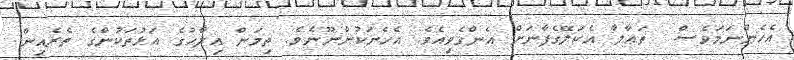
އެހެންނަމަވެސް  ތަޢާލާ އެކަލޭގެފާނަށް އެންގެވިއެވެ. އެހެނަކުންނޫނެވެ. ތިމަން އިލާހުގެ އަޅުތަކުންގެ ތެރެއިން